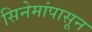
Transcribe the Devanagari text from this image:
सिनेमांपासून